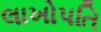
લાખોપતિ